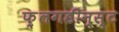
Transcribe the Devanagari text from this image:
फ़्लगडीन्स्ट